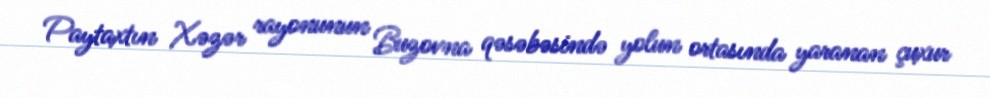
Paytaxtın Xəzər rayonunun Buzovna qəsəbəsində yolun ortasında yaranan çuxur